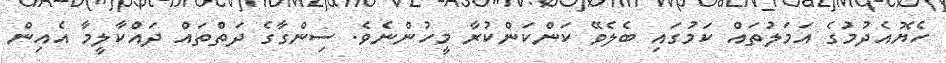
ހެޔޮއެދުމުގެ އަމަލުތައް ކަމުގައި ބެލެވޭ ކަންކަންކުރާ މީހުންނެވެ. ސިންގާގެ ދަތްތައް ދައްކާލީމާ އެއިން